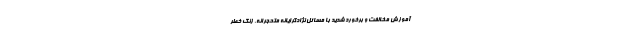
آموزشِ مخالفت و برخورد شدید با مسائلِ نژادگرایانه‌ متحجرانه. زنگ خطر